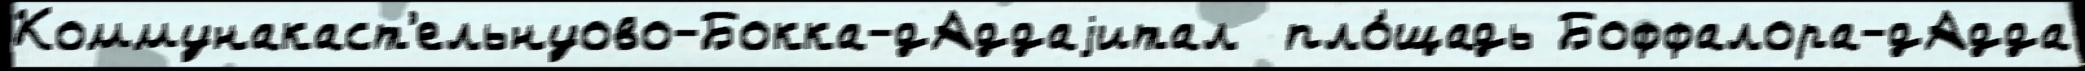
Коммунакаст'ельнуово-Бокка-дАддаjитал  пло́щадь Боффалора-дАдда